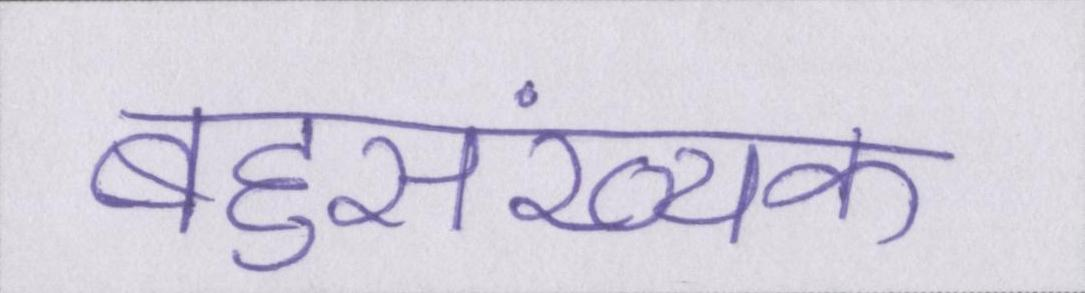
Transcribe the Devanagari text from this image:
बहुसंख्यक